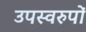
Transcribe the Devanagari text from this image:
उपस्वरुपों